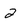
Character: 2